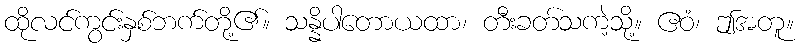
ထိုလင်ကွင်းနှစ်ဘက်တို့၏။ သန္နိပါတောယထာ၊ တီးခတ်သကဲ့သို့။ ဧဝံ၊ ဤအတူ။